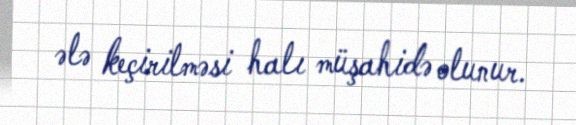
ələ keçirilməsi halı müşahidə olunur.